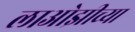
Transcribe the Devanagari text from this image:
लाओझीच्या